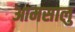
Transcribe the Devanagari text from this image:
आमसालु